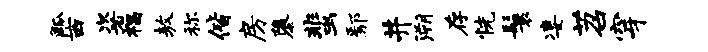
觚西粢福敖称偕房隳蜚鄢井溯存恍鬟凄苕穿